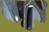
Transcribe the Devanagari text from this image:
बठ्ठा